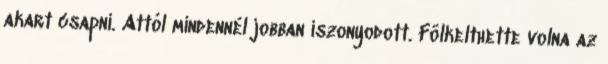
akart csapni. Attól mindennél jobban iszonyodott. Fölkelthette volna az